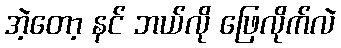
အဲ့တော့ နင် ဘယ်လို ဖြေလိုက်လဲ